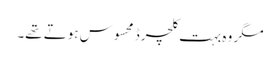
مگر وہ بہت کلچرڈ محسوس ہوتے تھے۔